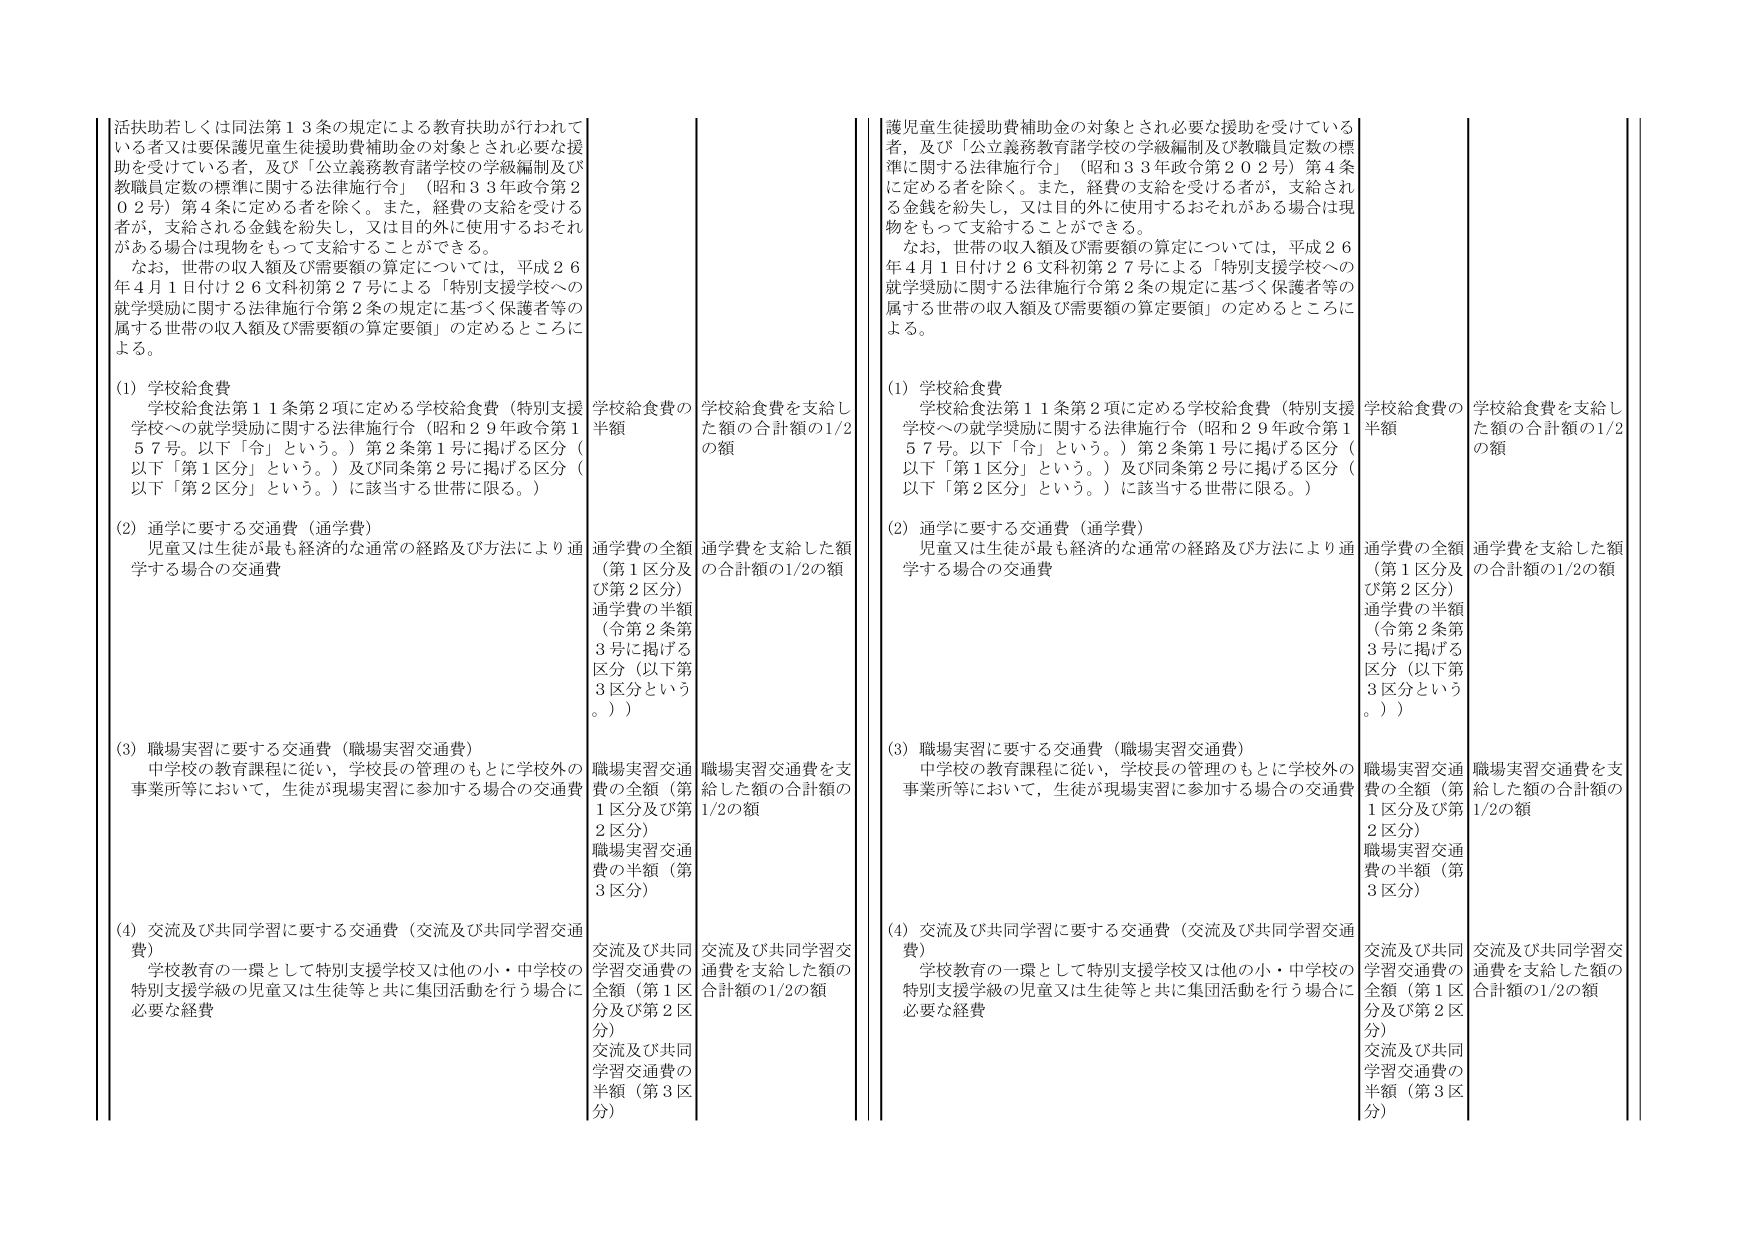
活扶助若しくは同法第13条の規定による教育扶助が行われている者又は要保護児童生徒援助費補助金の対象とされ必要な援助を受けている者、及び「公立義務教育諸学校の学級編制及び教職員定数の標準に関する法律施行令」（昭和33年政令第202号）第4条に定める者を除く。また、経費の支給を受ける者が、支給される金銭を紛失し、又は目的外に使用するおそれがある場合は現物をもって支給することができる。

なお、世帯の収入額及び需要額の算定については、平成26年4月1日付け26文科初第27号による「特別支援学校への就学奨励に関する法律施行令第2条の規定に基づく保護者等の属する世帯の収入額及び需要額の算定要領」の定めるところによる。

(1) 学校給食費
学校給食法第11条第2項に定める学校給食費（特別支援学校への就学奨励に関する法律施行令（昭和29年政令第157号。以下「令」という。）第2条第1号に掲げる区分（以下「第1区分」という。）及び同条第2号に掲げる区分（以下「第2区分」という。）に該当する世帯に限る。）

(2) 通学に要する交通費（通学費）
児童又は生徒が最も経済的な通常の経路及び方法により通学する場合の交通費

(3) 職場実習に要する交通費（職場実習交通費）
中学校の教育課程に従い、学校長の管理のもとに学校外の事業所等において、生徒が現場実習に参加する場合の交通費

(4) 交流及び共同学習に要する交通費（交流及び共同学習交通費）
学校教育の一環として特別支援学校又は他の小・中学校の特別支援学級の児童又は生徒等と共に集団活動を行う場合に必要な経費

学校給食費の半額
学校給食費を支給した額の合計額の1/2の額

通学費の全額（第1区分及び第2区分）
通学費の半額（令第2条第3号に掲げる区分（以下第3区分という。））

職場実習交通費の全額（第1区分及び第2区分）
職場実習交通費の半額（第3区分）

交流及び共同学習交通費の全額（第1区分及び第2区分）
交流及び共同学習交通費の半額（第3区分）

通学費を支給した額の合計額の1/2の額

職場実習交通費を支給した額の合計額の1/2の額

交流及び共同学習交通費を支給した額の合計額の1/2の額

護児童生徒援助費補助金の対象とされ必要な援助を受けている者、及び「公立義務教育諸学校の学級編制及び教職員定数の標準に関する法律施行令」（昭和33年政令第202号）第4条に定める者を除く。また、経費の支給を受ける者が、支給される金銭を紛失し、又は目的外に使用するおそれがある場合は現物をもって支給することができる。

なお、世帯の収入額及び需要額の算定については、平成26年4月1日付け26文科初第27号による「特別支援学校への就学奨励に関する法律施行令第2条の規定に基づく保護者等の属する世帯の収入額及び需要額の算定要領」の定めるところによる。

(1) 学校給食費
学校給食法第11条第2項に定める学校給食費（特別支援学校への就学奨励に関する法律施行令（昭和29年政令第157号。以下「令」という。）第2条第1号に掲げる区分（以下「第1区分」という。）及び同条第2号に掲げる区分（以下「第2区分」という。）に該当する世帯に限る。）

(2) 通学に要する交通費（通学費）
児童又は生徒が最も経済的な通常の経路及び方法により通学する場合の交通費

(3) 職場実習に要する交通費（職場実習交通費）
中学校の教育課程に従い、学校長の管理のもとに学校外の事業所等において、生徒が現場実習に参加する場合の交通費

(4) 交流及び共同学習に要する交通費（交流及び共同学習交通費）
学校教育の一環として特別支援学校又は他の小・中学校の特別支援学級の児童又は生徒等と共に集団活動を行う場合に必要な経費

学校給食費の半額
学校給食費を支給した額の合計額の1/2の額

通学費の全額（第1区分及び第2区分）
通学費の半額（令第2条第3号に掲げる区分（以下第3区分という。））

職場実習交通費の全額（第1区分及び第2区分）
職場実習交通費の半額（第3区分）

交流及び共同学習交通費の全額（第1区分及び第2区分）
交流及び共同学習交通費の半額（第3区分）

通学費を支給した額の合計額の1/2の額

職場実習交通費を支給した額の合計額の1/2の額

交流及び共同学習交通費を支給した額の合計額の1/2の額